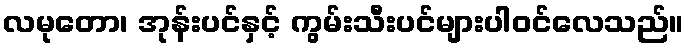
လမုတော၊ အုန်းပင်နှင့် ကွမ်းသီးပင်များပါဝင်လေသည်။